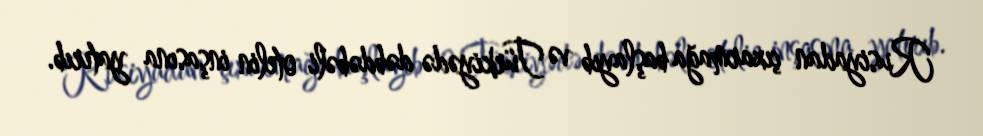
Rusiyadan çıxarmağa başlayıb və Türkiyədə dəbdəbəli otelin inşasına yatırıb.